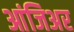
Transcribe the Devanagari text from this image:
आंजिअर